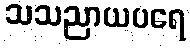
သသညာယပရေ